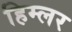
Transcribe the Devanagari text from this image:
हिम्लर